Indian journal of veterinary science and animal husbandry - Volume 4,
Year: 1934
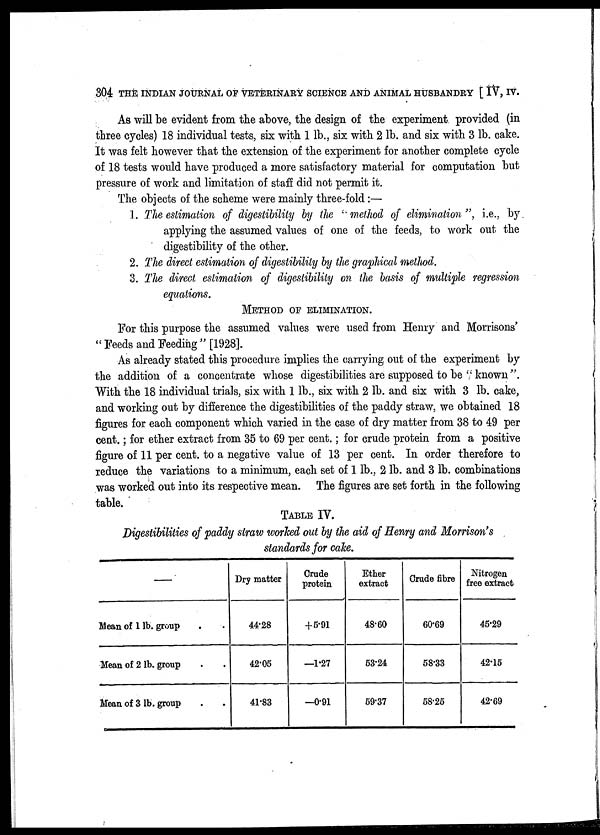
304 THE INDIAN JOURNAL OF VETERINARY SCIENCE AND ANIMAL HUSBANDRY [ IV, IV.
As will be evident from the above, the design of the experiment provided (in
three cycles) 18 individual tests, six with 1 lb., six with 2 lb. and six with 3 lb. cake.
It was felt however that the extension of the experiment for another complete cycle
of 18 tests would have produced a more satisfactory material for computation but
pressure of work and limitation of staff did not permit it.
The objects of the scheme were mainly three-fold:—
1. The estimation of digestibility by the " method of elimination", i.e., by
applying the assumed values of one of the feeds, to work out the
digestibility of the other.
2. The direct estimation of digestibility by the graphical method.
3. The direct estimation of digestibility on the basis of multiple regression
equations.
METHOD OF ELIMINATION.
For this purpose the assumed values were used from Henry and Morrisons'
" Feeds and Feeding " [1928].
As already stated this procedure implies the carrying out of the experiment by
the addition of a concentrate whose digestibilities are supposed to be ''known".
With the 18 individual trials, six with 1 lb., six with 2 lb. and six with 3 lb. cake,
and working out by difference the digestibilities of the paddy straw, we obtained 18
figures for each component which varied in the case of dry matter from 38 to 49 per
cent.; for ether extract from 35 to 69 per cent.; for crude protein from a positive
figure of 11 per cent. to a negative value of 13 per cent. In order therefore to
reduce the variations to a minimum, each set of 1 lb., 2 lb. and 3 lb. combinations
was worked out into its respective mean. The figures are set forth in the following
table.
TABLE IV.
Digestibilities of paddy straw worked out by the aid of Henry and Morrison's
standards for cake.
—
Mean of 1 lb. group . .
Mean of 2 lb. group . .
Mean of 3 lb. group . .
Dry matter
44.28
42.05
41.83
Crude
protein
+5.91
—1.27
—0.91
Ether
extract
48.60
53.24
59.37
Crude fibre
60.69
58.33
58.25
Nitrogen
free extract
45.29
42.15
42.69